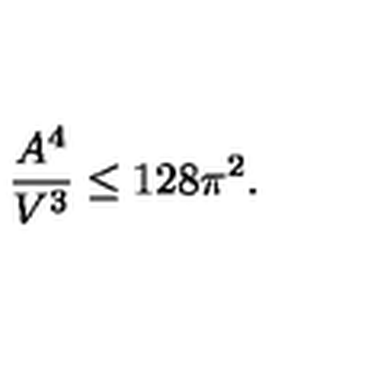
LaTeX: \frac { A ^ { 4 } } { V ^ { 3 } } \le 1 2 8 \pi ^ { 2 } .